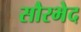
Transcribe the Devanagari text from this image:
सौरभेद